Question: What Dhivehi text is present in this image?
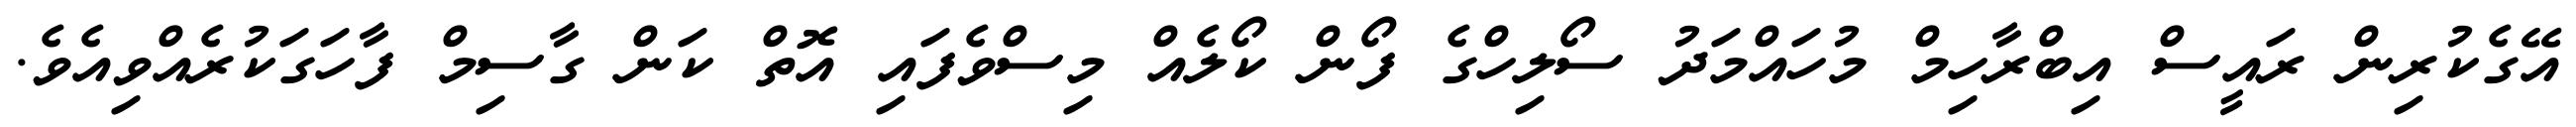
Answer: އޭގެކުރިން ރައީސް އިބްރާހިމް މުހައްމަދު ސޯލިހްގެ ފޯން ކޯލެއް މިސްވެފައި އޮތް ކަން ގާސިމް ފާހަގަކުރެއްވިއެވެ.